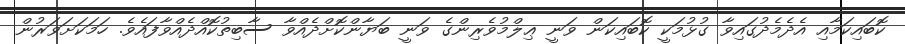
ކޮބައިކަމާއި އެދެމެދުގައިވާ ގުޅުމަކީ ކޮބައިކަން ވަނީ ޢިލްމުވެރިންގެ ވަނީ ބަޔާންކޮށްދެއްވާ ސާބިތުކޮއްދެއްވާފައެވެ. ހަމަކަށަވަރުން